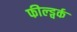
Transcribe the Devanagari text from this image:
फील्ड्वर्क